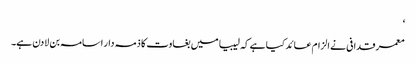
‘
معمرقدافی نے الزام عائد کیا ہے کہ لیبیا میں بغاوت کا ذمہ دار اسامہ بن لادن ہے۔